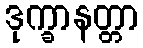
ဒုက္ခာနတ္တာ